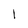
Character: 1